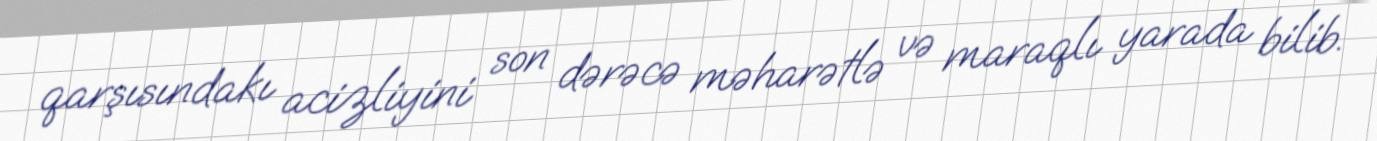
qarşısındakı acizliyini son dərəcə məharətlə və maraqlı yarada bilib.